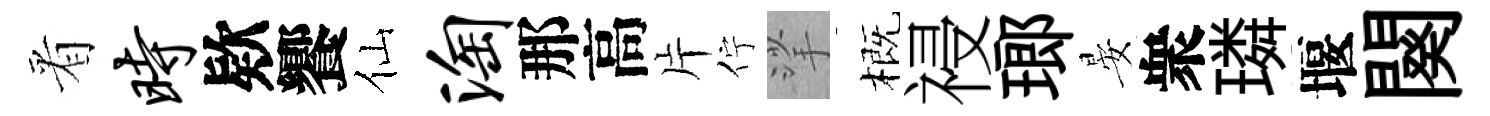
㸔时欵饗仙淘那高片佇挲概祲瑯晏衆璘堰闋